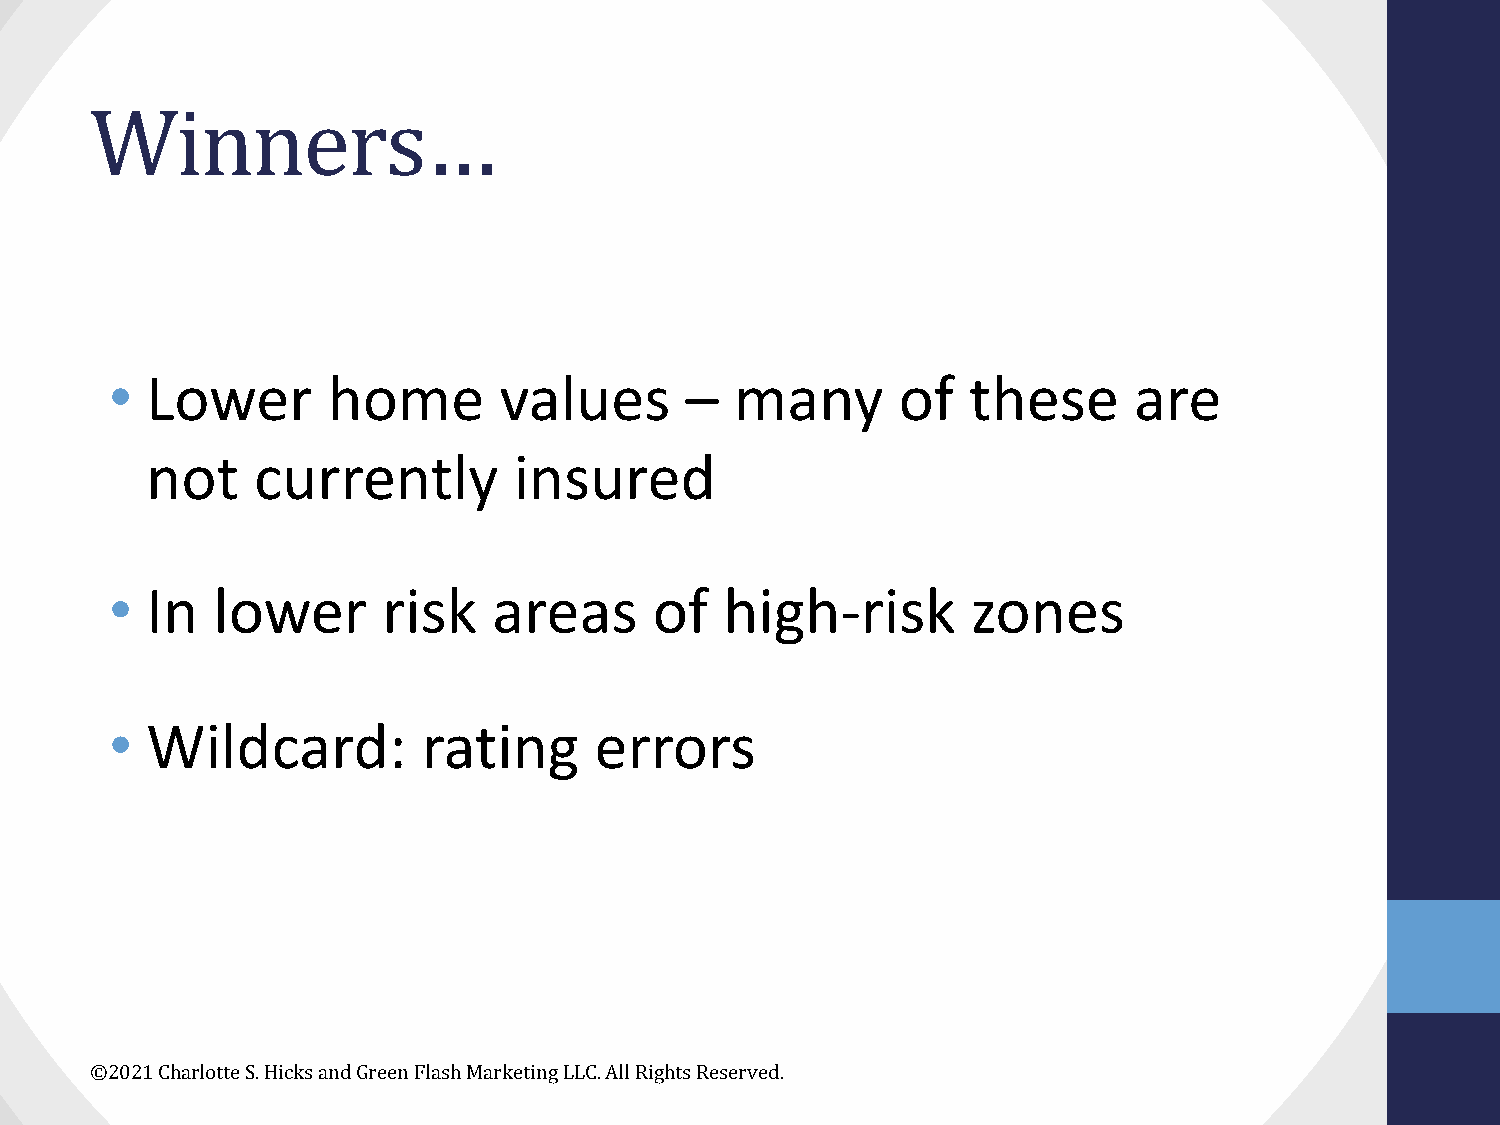
Winners…
 •  Lower       home       values      –   many      of   these      are
 not    currently        insured
 •  In  lower      risk    areas     of   high-risk       zones
 •  Wildcard:         rating     errors
 ©2021 Charlotte S. Hicks and Green Flash Marketing LLC. All Rights Reserved.